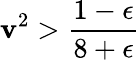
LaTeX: \mathbf{v}^{2}>\frac{{1-\epsilon}}{{8+\epsilon}}